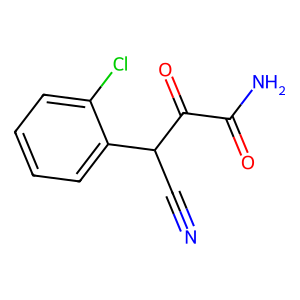
SMILES: N#CC(C(=O)C(N)=O)c1ccccc1Cl
Inhibits HIV replication: No